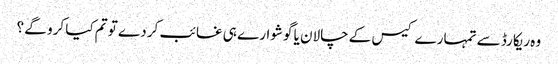
وہ ریکارڈ سے تمہارے کیس کے چالان یا گوشوارے ہی غائب کر دے تو تم کیا کرو گے ؟